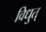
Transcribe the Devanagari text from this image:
विधुत्